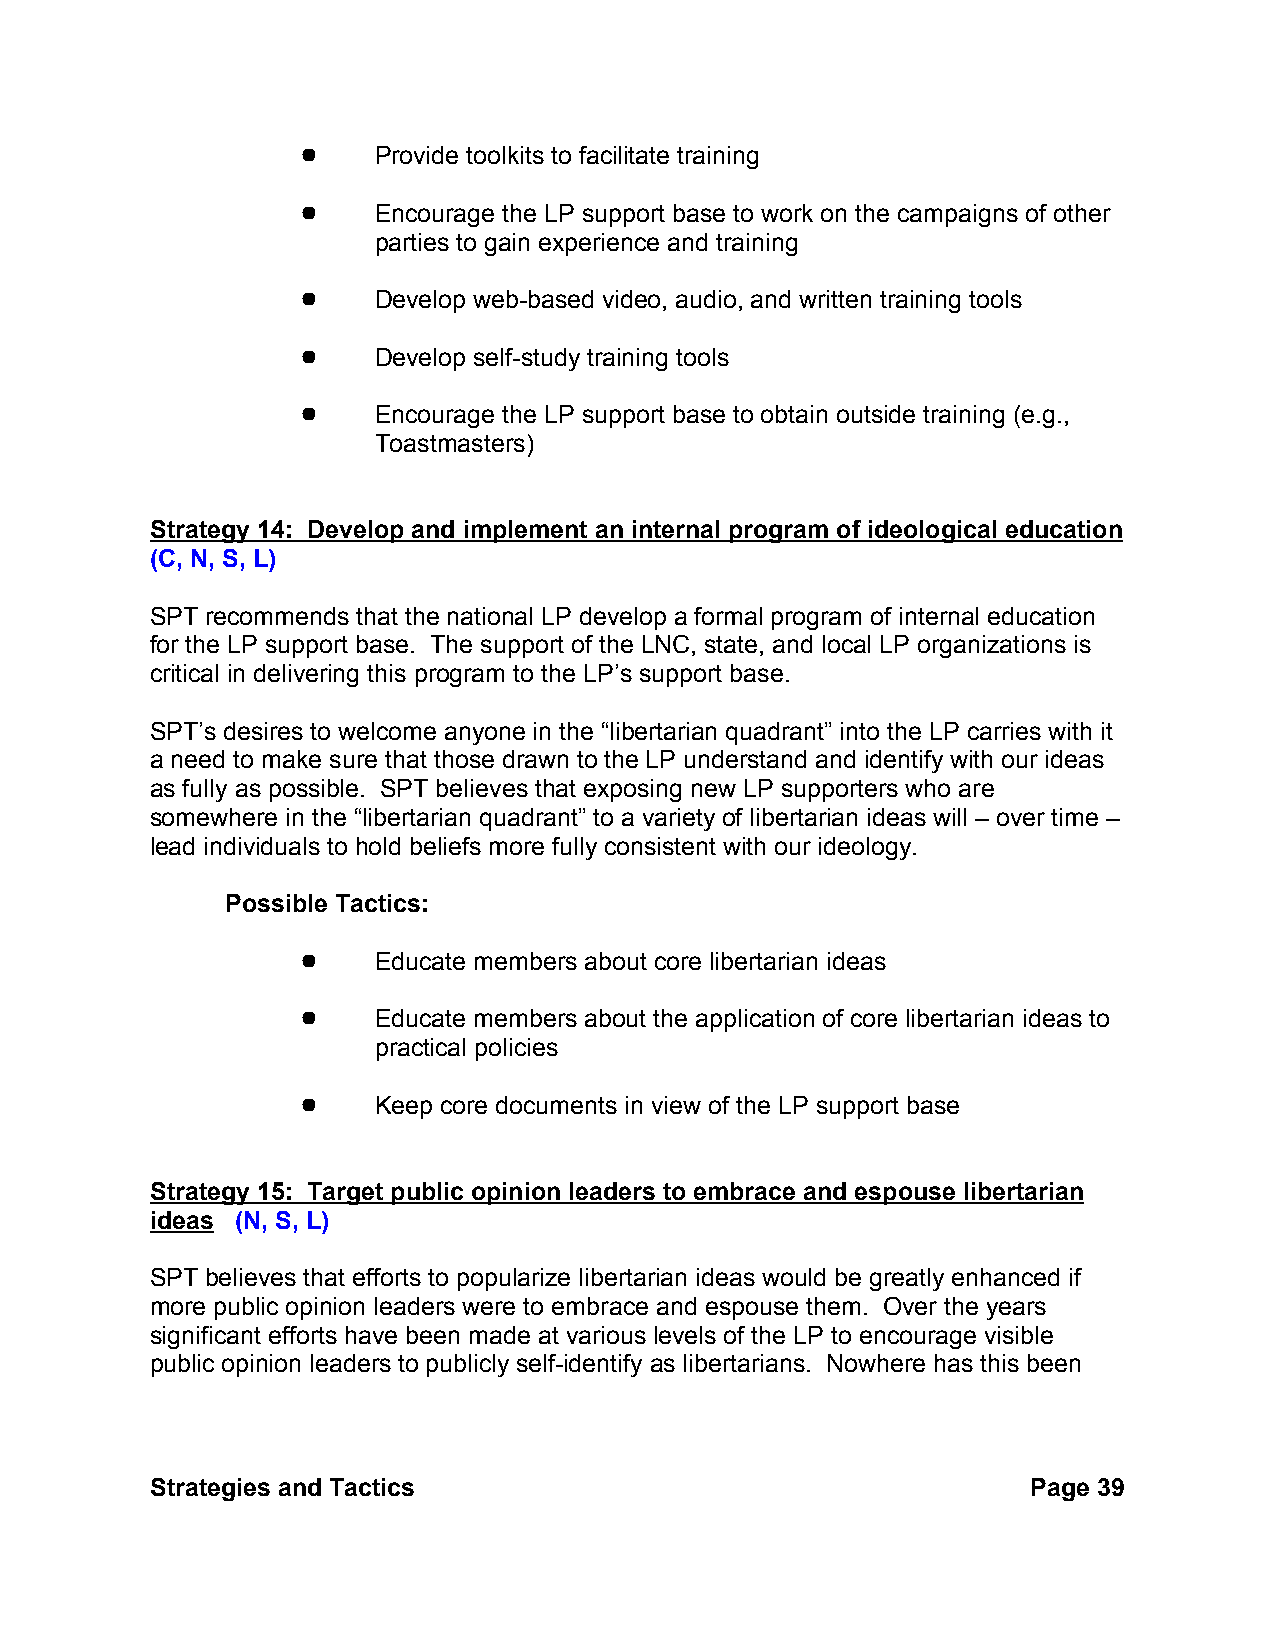
!    Provide toolkits to facilitate training
 !    Encourage the LP support base to work on the campaigns of other
 parties to gain experience and training
 !    Develop web-based video, audio, and written training tools
 !    Develop self-study training tools
 !    Encourage the LP support base to obtain outside training (e.g.,
 Toastmasters)
 Strategy 14: Develop and implement an internal program of ideological education
 (C, N, S, L)
 SPT recommends that the national LP develop a formal program of internal education
 for the LP support base. The support of the LNC, state, and local LP organizations is
 critical in delivering this program to the LP’s support base.
 SPT’s desires to welcome anyone in the “libertarian quadrant” into the LP carries with it
 a need to make sure that those drawn to the LP understand and identify with our ideas
 as fully as possible. SPT believes that exposing new LP supporters who are
 somewhere in the “libertarian quadrant” to a variety of libertarian ideas will – over time –
 lead individuals to hold beliefs more fully consistent with our ideology.
 Possible Tactics:
 !    Educate members about core libertarian ideas
 !    Educate members about the application of core libertarian ideas to
 practical policies
 !    Keep core documents in view of the LP support base
 Strategy 15: Target public opinion leaders to embrace and espouse libertarian
 ideas (N, S, L)
 SPT believes that efforts to popularize libertarian ideas would be greatly enhanced if
 more public opinion leaders were to embrace and espouse them. Over the years
 significant efforts have been made at various levels of the LP to encourage visible
 public opinion leaders to publicly self-identify as libertarians. Nowhere has this been
 Strategies and Tactics                                    Page 39